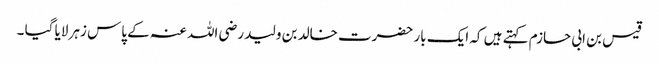
قیس بن ابی حازم کہتے ہیں کہ ایک بار حضرت خالد بن ولید رضی اللہ عنہ کے پاس زہر لایا گیا ۔